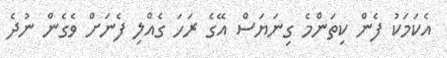
އެކަމަކު ފެން ކިތަންމެ ގިނަޔަސް އޭގެ ރަހަ ގެއްލިި ފެނަށް ވެގެން ނުދެ